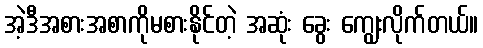
အဲ့ဒီအစားအစာကိုမစားနိုင်တဲ့ အဆုံး ခွေး ကျွေးလိုက်တယ်။